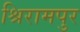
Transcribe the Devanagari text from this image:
श्रिरामपुर